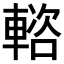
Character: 𨍢